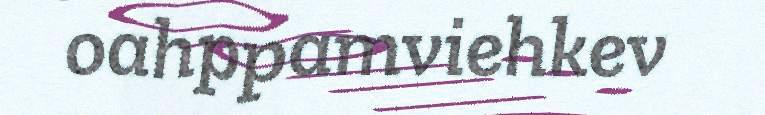
oahppamviehkev